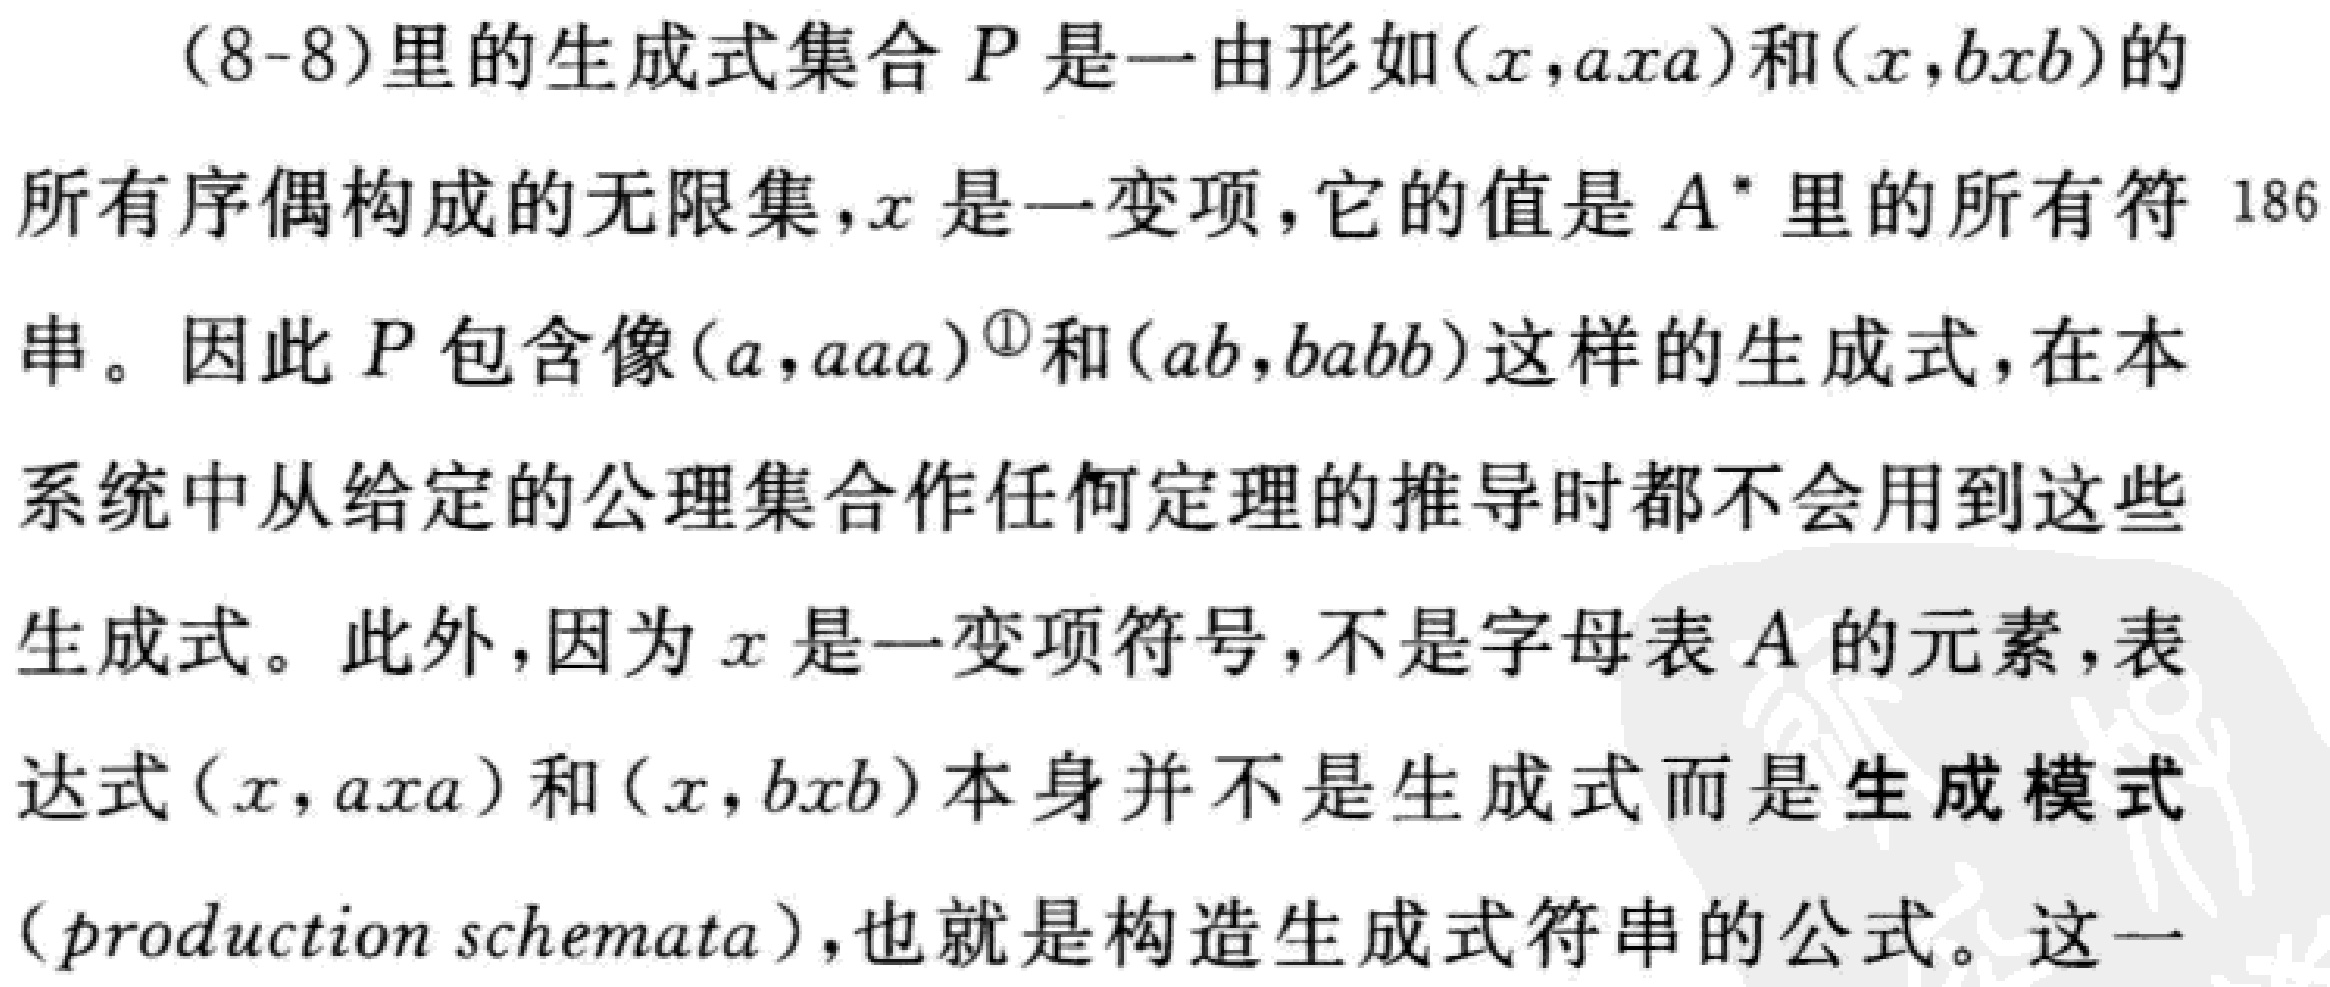
\(x = \frac{1}{12}\)